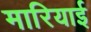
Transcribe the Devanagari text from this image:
मारियाई